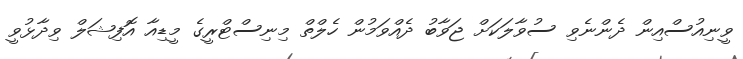
ވީނިއުސްއިން ދެންނެވި ސުވާލަކަށް ޖަވާބު ދެއްވަމުން ހެލްތް މިނިސްޓްރީގެ މީޑިއާ އޮފިޝަލް ވިދާޅުވީ